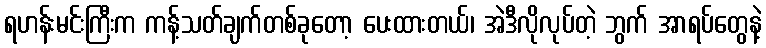
ရဟန်းမင်းကြီးက ကန့်သတ်ချက်တစ်ခုတော့ ပေးထားတယ်၊ အဲဒီလိုလုပ်တဲ့ ဘွက် အာရပ်တွေနဲ့